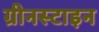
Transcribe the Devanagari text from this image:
ग्रीनस्टाइन